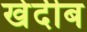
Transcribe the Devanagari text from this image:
खेदीब